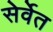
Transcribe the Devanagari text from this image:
सेर्वेत